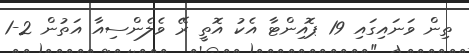
ތިން ވަނައިގައި 19 ޕޮއިންޓާ އެކު އޮތީ ރޭ ވެލެންސިއާ އަތުން 2-1